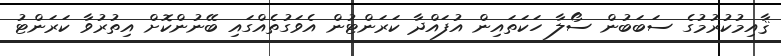
ޤާއިމުކުރުމުގެ ސަބަބުން ސޯލާ ހަކަތައިން އުފައްދާ ކަރަންޓުން އެވަގުތެއްގައި ބޭނުންކޮށް އިތުރުވާ ކަރަންޓު